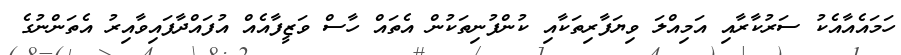
ހަމައެއާއެކު ސަރުކާރާއި އަމިއްލަ ވިޔަފާރިތަކާއި ކުންފުނިތަކުން އެތައް ހާސް ވަޒީފާއެއް އުފައްދާފައިވާއިރު އެތަންނުގެ